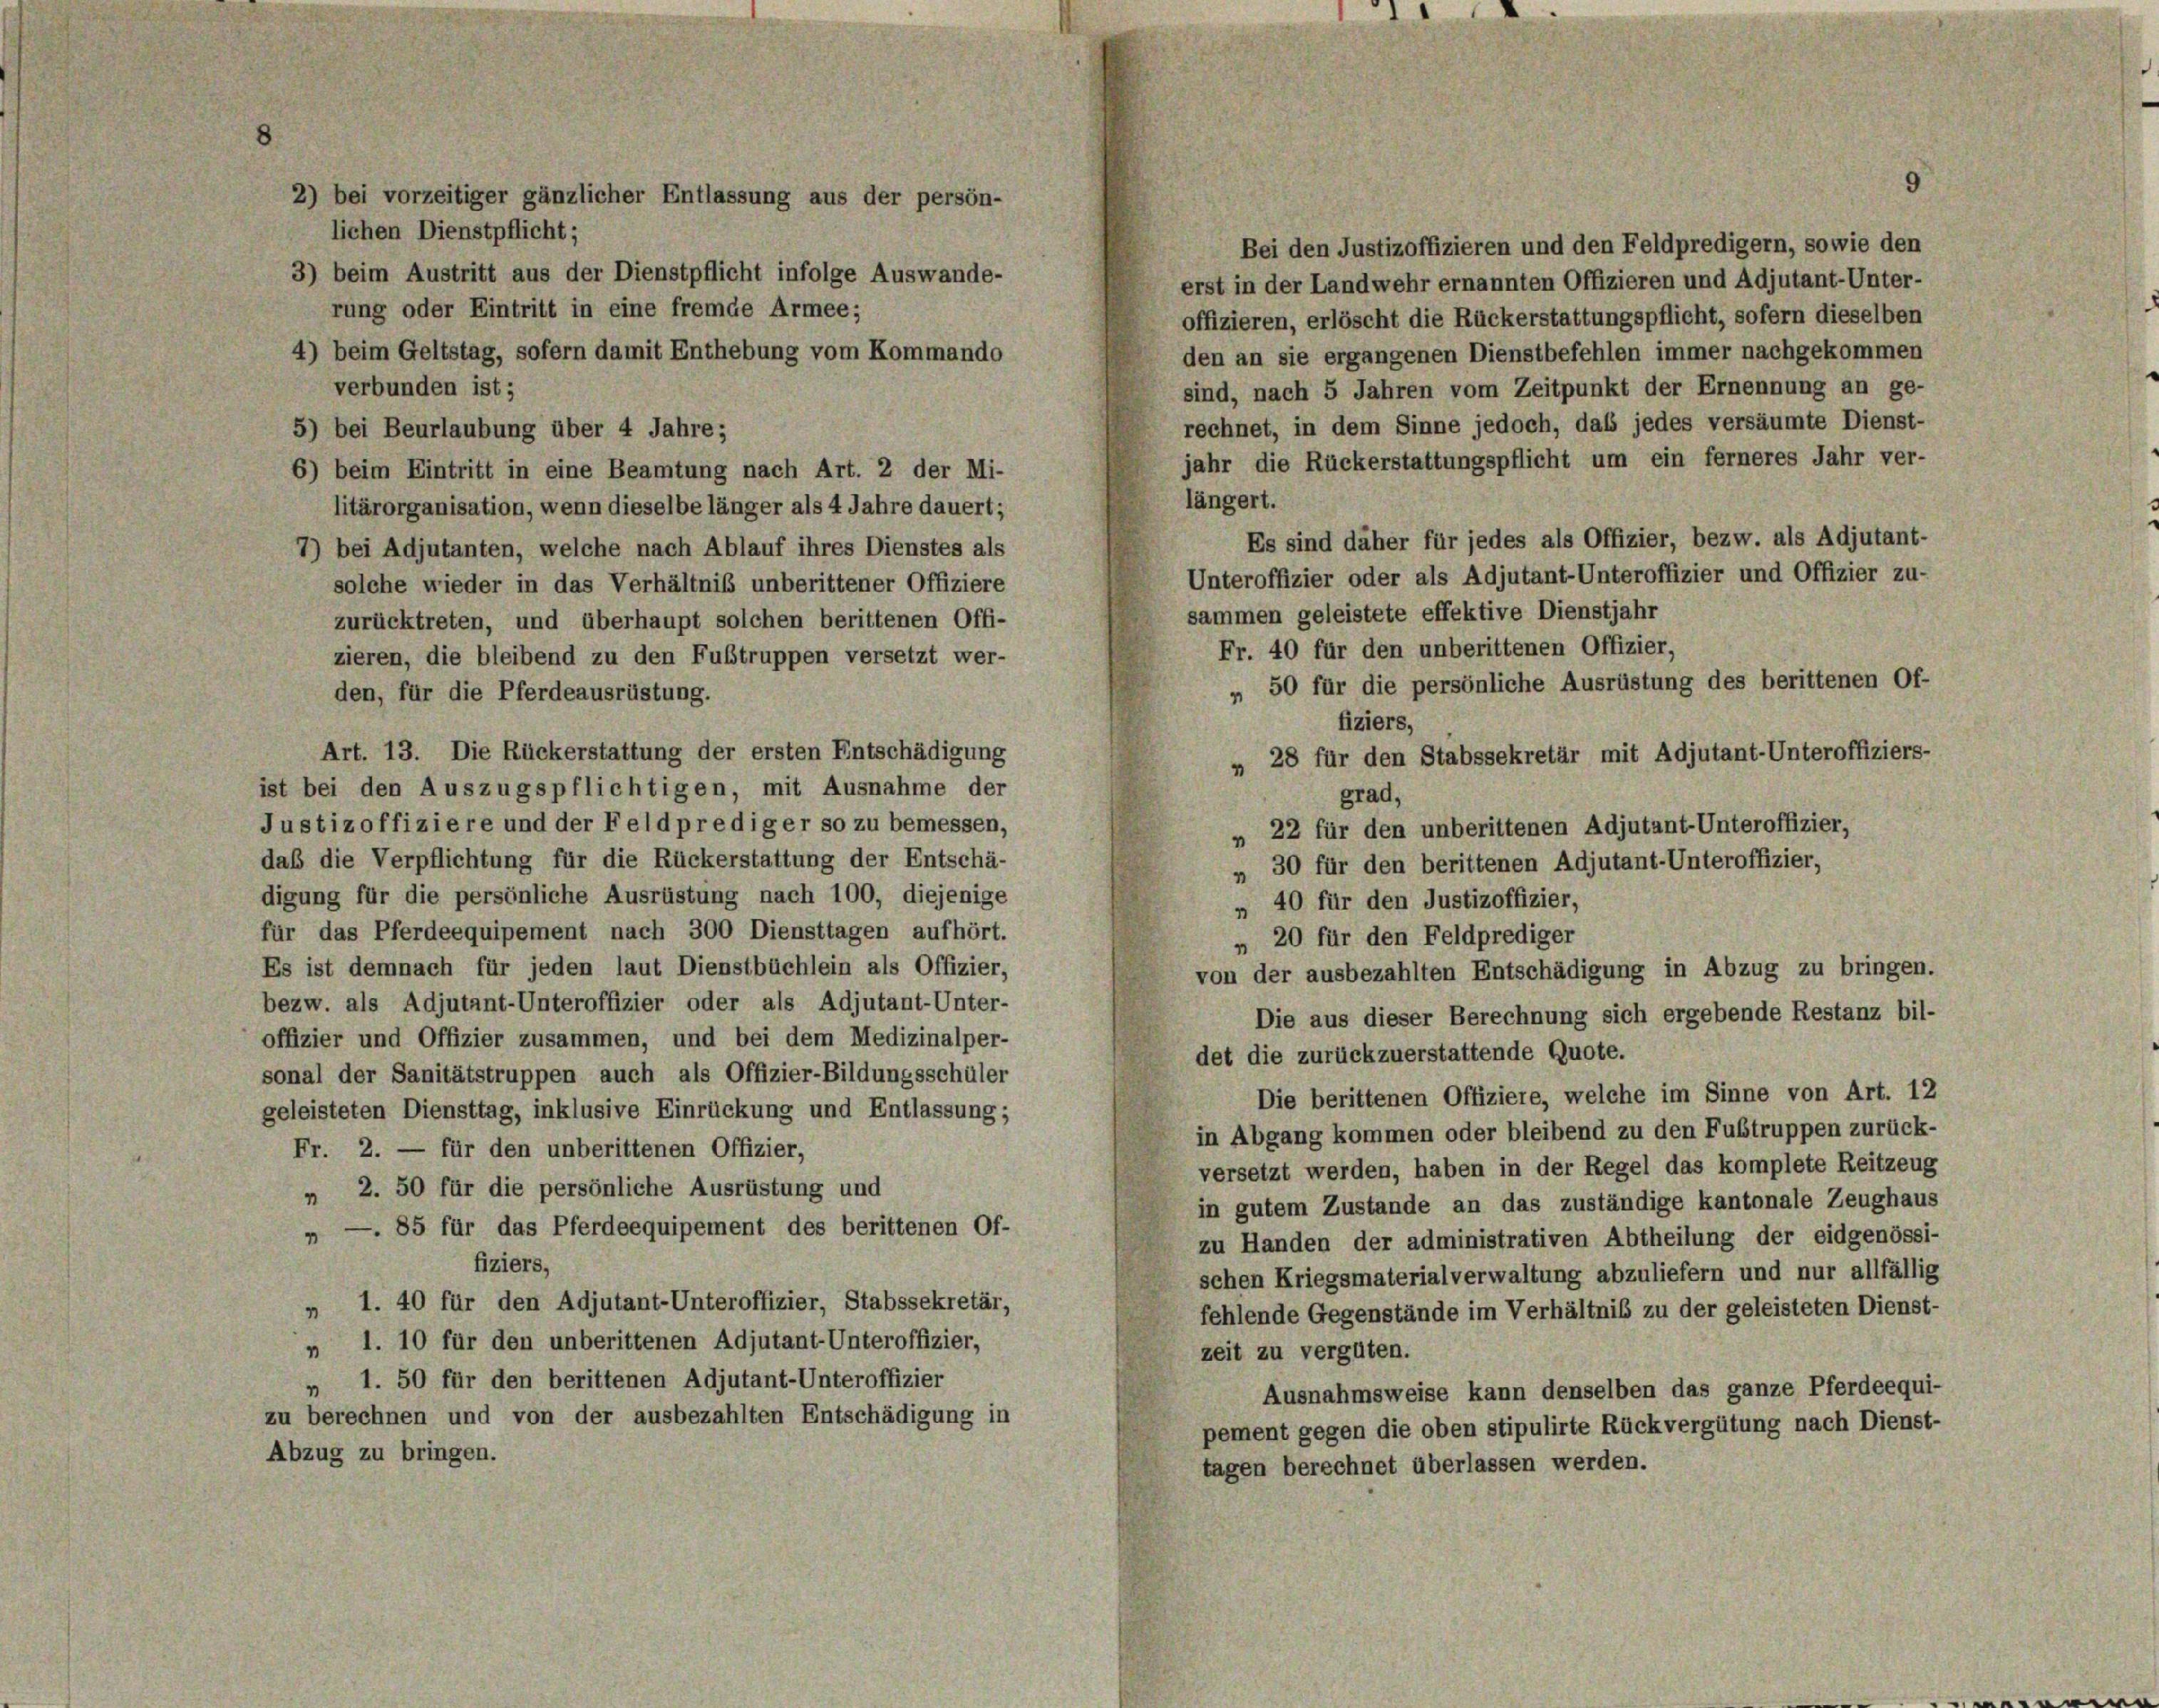
2) bei vorzeitiger gänzlicher Entlassung aus der persön-
lichen Dienstpflicht;
3) beim Austritt aus der Dienstpflicht infolge Auswande-
rung oder Eintritt in eine fremde Armee;

Bei den Justizoffizieren und den Feldpredigern, sowie den
erst in der Landwehr ernannten Offizieren und Adjutant-Unter-
offizieren, erlöscht die Rückerstattungspflicht, sofern dieselben
4) beim Geltstag, sofern damit Enthebung vom Kommando
den an sie ergangenen Dienstbefehlen immer nachgekommen
verbunden ist;
sind, nach 5 Jahren vom Zeitpunkt der Ernennung an ge-
rechnet, in dem Sinne jedoch, das jedes versäumte Dienst-
5) bei Beurlaubung über 4 Jahre;
jahr die Rückerstattungspflicht um ein ferneres Jahr ver-
6) beim Eintritt in eine Beamtung nach Art. 2 der Mi-
längert.
litärorganisation, wenn dieselbe länger als 4 Jahre dauert;
Es sind daher für jedes als Offizier, bezw. als Adjutant-
7) bei Adjutanten, welche nach Ablauf ihres Dienstes als
Unteroffizier oder als Adjutant-Unteroffizier und Offizier zu-
solche wieder in das Verhältniß unberittener Offiziere
sammen geleistete effektive Dienstjahr
zurücktreten, und überhaupt solchen berittenen Offi-
Fr. 40 für den unberittenen Offizier,
zieren, die bleibend zu den Fußtruppen versetzt wer-
50 für die persönliche Ausrüstung des berittenen Of-
den, für die Pferdeausrüstung.
4
fiziers,
Art. 13. Die Rückerstattung der ersten Entschädigung
» 28 für den Stabssekretär mit Adjutant-Unteroffiziers-
ist bei den Auszugspflichtigen, mit Ausnahme der
grad,
Justizoffiziere und der Feldprediger so zu bemessen,
22 für den unberittenen Adjutant-Unteroffizier,
v
daß die Verpflichtung für die Rückerstattung der Entschä-
„ 30 für den berittenen Adjutant-Unteroffizier,
digung für die persönliche Ausrüstung nach 100, diejenige
40 für den Justizoffizier,
4
für das Pferdeequipement nach 300 Diensttagen aufhört.
„ 20 für den Feldprediger
Es ist demnach für jeden laut Dienstbüchlein als Offizier,
von der ausbezahlten Entschädigung in Abzug zu bringen.
bezw. als Adjutant-Unteroffizier oder als Adjutant-Unter-
Die aus dieser Berechnung sich ergebende Restanz bil-
offizier und Offizier zusammen, und bei dem Medizinalper-
det die zurückzuerstattende Quote.
sonal der Sanitätstruppen auch als Offizier-Bildungsschüler
Die berittenen Offiziere, welche im Sinne von Art. 12
geleisteten Diensttag, inklusive Einrückung und Entlassung;
in Abgang kommen oder bleibend zu den Fußtruppen zurück-
Fr. 2. — für den unberittenen Offizier,
versetzt werden, haben in der Regel das komplete Reitzeug
„ 2. 50 für die persönliche Ausrüstung und
in gutem Zustande an das zuständige kantonale Zeughaus
„ —. 85 für das Pferdeequipement des berittenen Of-
zu Handen der administrativen Abtheilung der eidgenössi-
fiziers,
schen Kriegsmaterialverwaltung abzuliefern und nur allfällig
» 1. 40 für den Adjutant-Unteroffizier, Stabssekretär,
fehlende Gegenstände im Verhältniß zu der geleisteten Dienst-
» 1. 10 für den unberittenen Adjutant-Unteroffizier,
zeit zu vergüten.
» 1. 50 für den berittenen Adjutant-Unteroffizier
Ausnahmsweise kann denselben das ganze Pferdeequi-
zu berechnen und von der ausbezahlten Entschädigung in
pement gegen die oben stipulirte Rückvergütung nach Dienst-
Abzug zu bringen.
tagen berechnet überlassen werden.